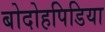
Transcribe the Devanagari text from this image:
बोदोहपिडिया